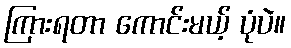
ကြားရတာ ကောင်းမယ့် ပုံပဲ။